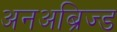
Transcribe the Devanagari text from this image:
अनअब्रिज्ड